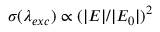
\sigma ( \lambda _ { e x c } ) \propto ( | E | / | E _ { 0 } | ) ^ { 2 }